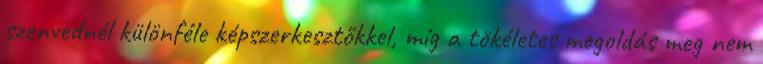
szenvednél különféle képszerkesztőkkel, míg a tökéletes megoldás meg nem